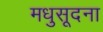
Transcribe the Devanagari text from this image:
मधुसूदना